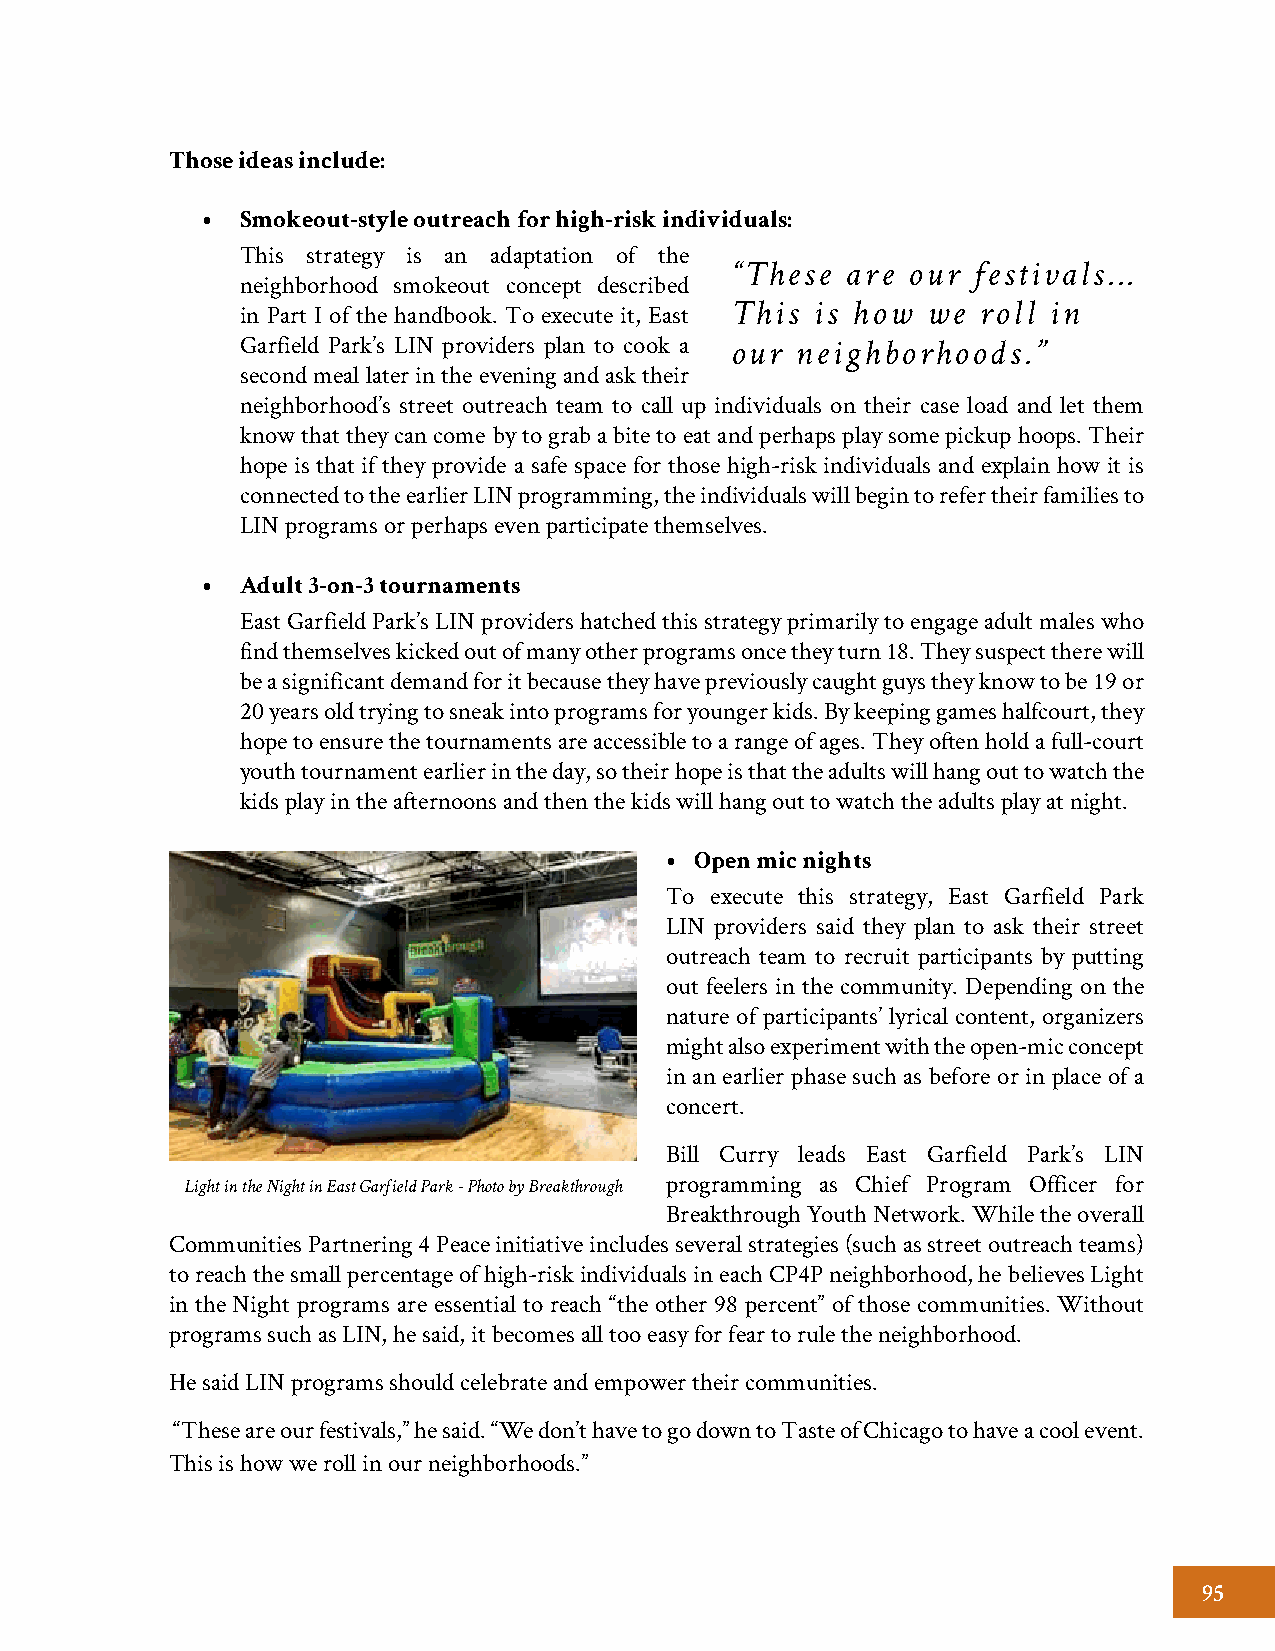
Those ideas include:
 Smokeout-style outreach for high-risk individuals:
 •
 This strategy is an adaptation of the
 “These  are our festivals...
 neighborhood smokeout concept described
 This  is how we  roll in
 in Part I of the handbook. To execute it, East
 Garfield Park’s LIN providers plan to cook a our neighborhoods.”
 second meal later in the evening and ask their
 neighborhood’s street outreach team to call up individuals on their case load and let them
 know that they can come by to grab a bite to eat and perhaps play some pickup hoops. Their
 hope is that if they provide a safe space for those high-risk individuals and explain how it is
 connected to the earlier LIN programming, the individuals will begin to refer their families to
 LIN programs or perhaps even participate themselves.
 Adult 3-on-3 tournaments
 •
 East Garfield Park’s LIN providers hatched this strategy primarily to engage adult males who
 find themselves kicked out of many other programs once they turn 18. They suspect there will
 be a significant demand for it because they have previously caught guys they know to be 19 or
 20 years old trying to sneak into programs for younger kids. By keeping games halfcourt, they
 hope to ensure the tournaments are accessible to a range of ages. They often hold a full-court
 youth tournament earlier in the day, so their hope is that the adults will hang out to watch the
 kids play in the afternoons and then the kids will hang out to watch the adults play at night.
 Open mic nights
 •
 To execute this strategy, East Garfield Park
 LIN providers said they plan to ask their street
 outreach team to recruit participants by putting
 out feelers in the community. Depending on the
 nature of participants’ lyrical content, organizers
 might also experiment with the open-mic concept
 in an earlier phase such as before or in place of a
 concert.
 Bill Curry leads East Garfield Park’s LIN
 Light in the Night in East Garfield Park - Photo by Breakthrough programming as Chief Program Officer for
 Breakthrough Youth Network. While the overall
 Communities Partnering 4 Peace initiative includes several strategies (such as street outreach teams)
 to reach the small percentage of high-risk individuals in each CP4P neighborhood, he believes Light
 in the Night programs are essential to reach “the other 98 percent” of those communities. Without
 programs such as LIN, he said, it becomes all too easy for fear to rule the neighborhood.
 He said LIN programs should celebrate and empower their communities.
 “These are our festivals,” he said. “We don’t have to go down to Taste of Chicago to have a cool event.
 This is how we roll in our neighborhoods.”
 95